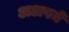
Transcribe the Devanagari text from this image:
अअपने